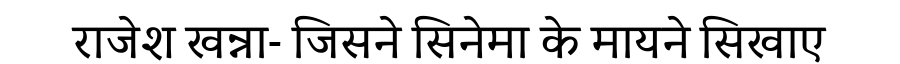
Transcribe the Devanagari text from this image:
राजेश खन्ना- जिसने सिनेमा के मायने सिखाए